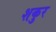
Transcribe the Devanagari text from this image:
शकुर